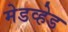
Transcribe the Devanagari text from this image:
मेडव्हेड